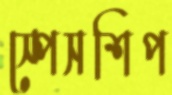
স্পেসশিপ